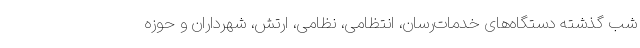
شب گذشته دستگاه‌های خدمات‌رسان، انتظامی، نظامی، ارتش، شهرداران و حوزه